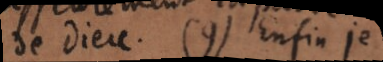
de Dieu. (9) Enfin je